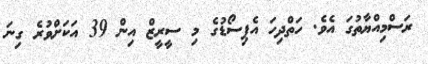
ރަސްމިއްޔާތުގަ އެވެ. ހަތްދިހަ އެޕިސޯޑުގެ މި ސީރީޒް އިން 39 އަކަށްވުރެ ގިނަ